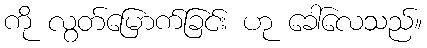
ကို လွတ်မြောက်ခြင်း ဟု ခေါ်လေသည်။